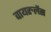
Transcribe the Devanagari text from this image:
वायरुलेंस